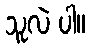
သူလဲ ပါ။